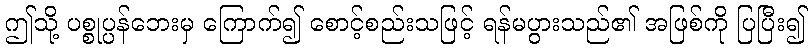
ဤသို့ ပစ္စုပ္ပန်ဘေးမှ ကြောက်၍ စောင့်စည်းသဖြင့် ရန်မပွားသည်၏ အဖြစ်ကို ပြပြီး၍